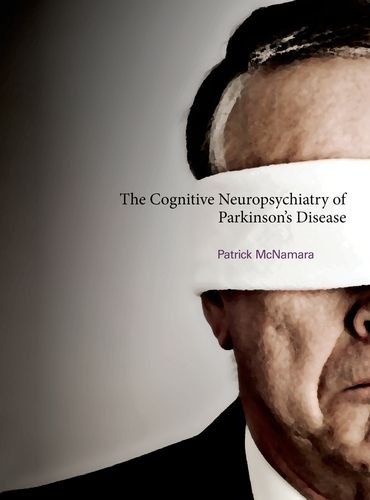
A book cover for The Cognitive Neuropsychiatry of Parkinson's Disease; Patrick McNamara; Health, Fitness & Dieting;